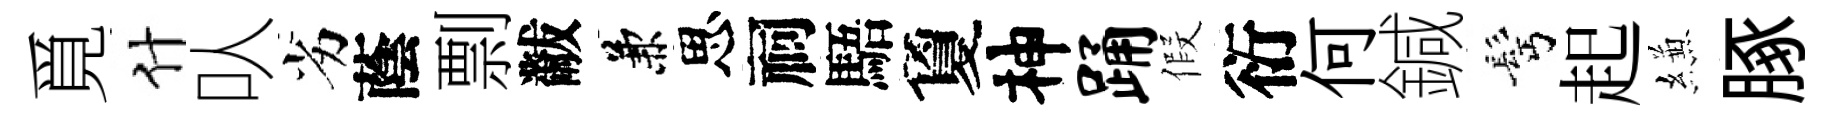
覓什㕥劣蔭剽黻兼思祠䮏夐神踊假衍何鍼髩起縑䐁